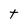
Character: t